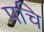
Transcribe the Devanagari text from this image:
पचि